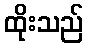
ထိုးသည်